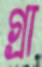
গ্রা